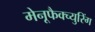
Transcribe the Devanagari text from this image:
मेनूफैक्च्युरिंग